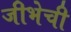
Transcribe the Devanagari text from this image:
जीभेची